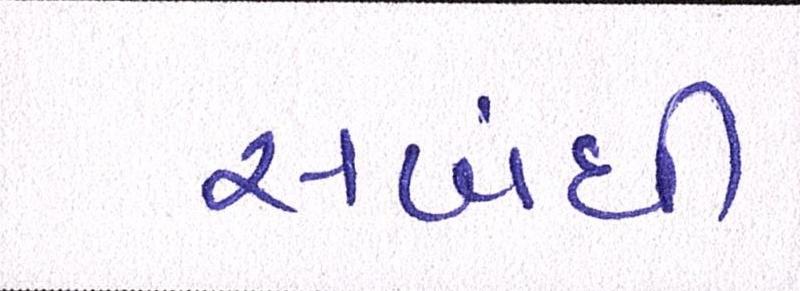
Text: સબંધી